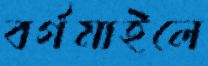
বর্গমাইলে